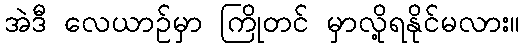
အဲဒီ လေယာဉ်မှာ ကြိုတင် မှာလို့ရနိုင်မလား။